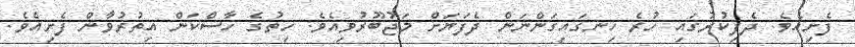
ފެށިއެވެ. ދެފިކުރުގައި ހުރެ ހިނގައިގަންނަން ދެފަޔަށް މަޖުބޫރުވިއެވެ. ހިތުގެ ހާސްކަން އިތުރުވާން ފެށިއެވެ.